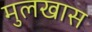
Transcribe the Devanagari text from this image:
मुलखास